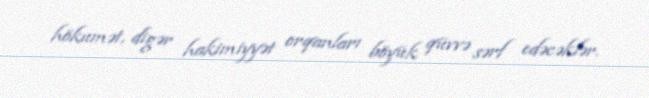
hökumət, digər hakimiyyət orqanları böyük qüvvə sərf edəcəklər.